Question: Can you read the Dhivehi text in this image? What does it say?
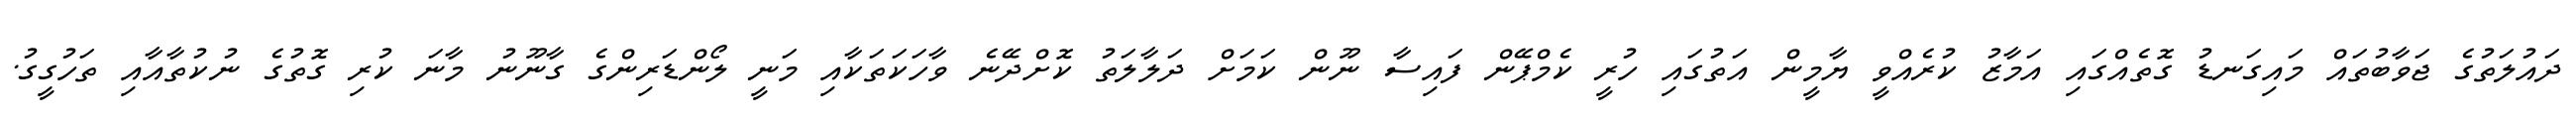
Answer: ދައުލަތުގެ ޖަވާބުތައް މައިގަނޑު ގޮތެއްގައި އަމާޒު ކުރެއްވީ ޔާމީން އަތުގައި ހުރީ ކެމްޕޭން ފައިސާ ނޫން ކަމަށް ދަލާލަތު ކޮށްދޭނެ ވާހަކަތަކާއި މަނީ ލޯންޑަރިންގެ ގާނޫނު މާނަ ކުރި ގޮތުގެ ނުކުތާއާއި ތަހުގީގު.